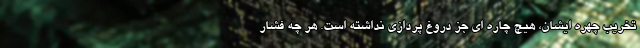
تخریب چهره ایشان، هیچ چاره ای جز دروغ پردازی نداشته است. هر چه فشار